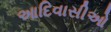
આદિવાસીઓ